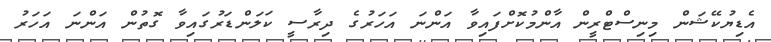
އެޑިޔުކޭޝަން މިނިސްޓްރީން އާންމުކޮށްފައިވާ އަންނަ އަހަރުގެ ދިރާސީ ކަލަންޑަރުގައިވާ ގޮތުން އަންނަ އަހަރު